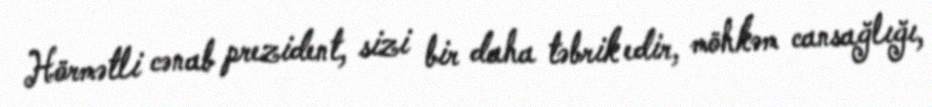
Hörmətli cənab prezident, sizi bir daha təbrik edir, möhkəm cansağlığı,